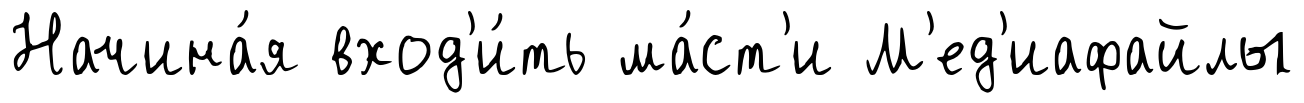
Начина́я вход'и́ть ма́ст'и М'ед'иафайлы